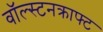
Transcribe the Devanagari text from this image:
वॉल्स्टनक्राफ्ट